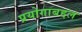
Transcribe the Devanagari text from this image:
प्रयोगाबद्दल